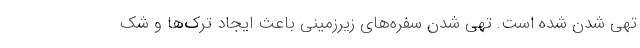
تهی شدن شده است. تهی شدن سفره‌های زیرزمینی باعث ایجاد ترک‌ها و شک